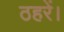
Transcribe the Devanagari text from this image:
ठहरें।